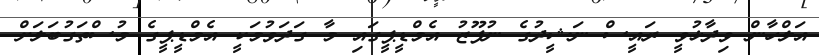
އަލްހާން ވިދާޅުވީ ރައީސް ނަޝީދުގެ ނުފޫޒު އެމްޑީޕީގައި މާ ގަދަވުމަކީ އެމްޑީޕީގެ މުސްތަގުބަލަށް